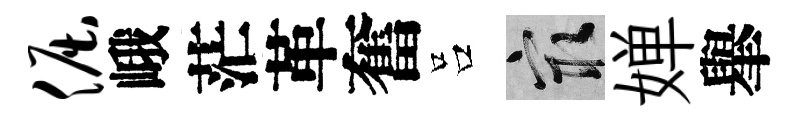
倔峨茫革奮吕冣婵𦦙